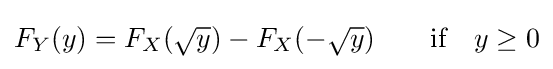
F_{Y}(y)=F_{X}({\sqrt {y}})-F_{X}(-{\sqrt {y}})\qquad {\hbox{if}}\quad y\geq 0